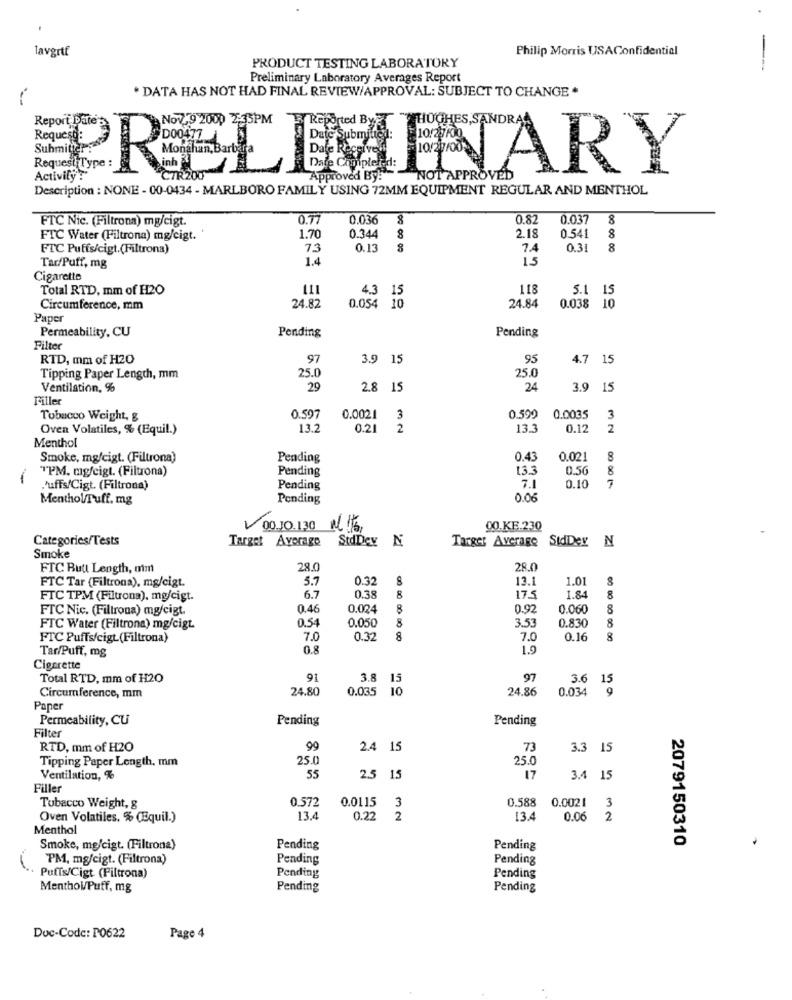
lavgrtf
Philip Morris USAConfidential
-
PRODUCT TESTING LABORATORY
Preliminary Laboratory Averages Report
. DATA HAS NOT HAD FINAL REVIEW/APPROVAL: SUBJECT TO CHANGE .
HUGHES,SANDRA
PRELIMINARY
Description : NONE - 00-0434 - MARLBORO FAMILY USING 72MM EQUIPMENT REGULAR AND MENTHOL
FTC Nic. (Filtrona) mg/cigt
0.77
0.036
8
0.82
0.037
8
0.344
FTC Water (Filtrona) mg/cigt.
1.70
8
2.18
0.541
8
FTC Puffs/cigt.(Filtrona)
73
0.13
7.4
0.3
8
1.4
15
Tar/Puff, mg
Cigarette
Total RTD, mm of H2O
111
4.3 15
118
5.1
15
24.82
24.84
Circumference, mm
0.054 10
0.038
10
Paper
Pending
Pending
Permeability, CU
Filter
RTD, mm of H20
97
3.9 15
95
4.7 15
25.0
25.0
Tipping Paper Length, mm
Ventilation, %
29
2.8 15
24
3.9 15
Filler
Tobacco Weight, &
0.597
0.0021
3
0.599
0.0035
3
Oven Volatiles, % (Equil.)
13.2
0.21
2
13.3
0.12
2
Menthol
Smoke, mg/cigt. (Filtrona)
Pending
0.43
0.021
8
TPM. mg/cigt. (Filtrona)
13.3
0.50
8
Pending
7.1
.'uffs/Cigt. (Filtrona)
Pending
0.10
7
MentholTuff. mg
Pending
0.06
00.10.130 NL16
00.KE.230
Categories/Tests
Target Average
StdDey N
Target Average StdDer N
Smoke
FTC Butt Length, om
28.0
28.0
5.7
0.32
8
13.1
1.01
FTC Tar (Filtrona), mg/cigt.
0.38
FTC TPM (Filtrona), mg/cigt.
6.7
8
17.5
1.84
8
FTC Nic. (Filtrona) mg/cigt.
0.46
0.024
8
0.92
0.060
8
0.54
0.050
3.53
FTC Water (Filtrona) mg/cigt.
8
0.830
8
FTC Puffs/cigt (Filtrona)
7.0
0.32
8
7.0
0.16
8
Tar/Puff, mg
0.8
1.9
Cigarette
Total RTD, mm of H2O
91
3.8 15
97
3.6 15
24.80
0.035 10
24.86
0.034
Circumference, mm
Paper
Permeability, CU
Pending
Pending
Filter
RTD, mm of H2O
99
2.4 15
73
3.3 15
Tipping Paper Length. mm
25.0
25.0
Ventilation, %
55
2.5 15
17
3.4 15
Filler
0.572
0.0115
0.588
Tobacco Weight, g
3
0.0021 3
Oven Volatiles. % (Equil.)
13.4
0.22
2
13.4
0.06
2
Menthol
2079150310
Smoke, mg/cigt. (Filtrona)
Pending
Pending
PM, mg/cigt. (Filtrona)
Pending
Pending
Puffs/Cigt (Filtrona)
Pending
Pending
Menthol/Puff, mg
Pending
Pending
Doc-Code: P0622
Page 4